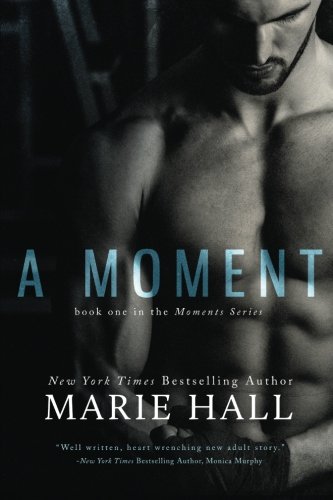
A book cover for A Moment: Moments Series (Volume 1); Marie Hall; Romance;